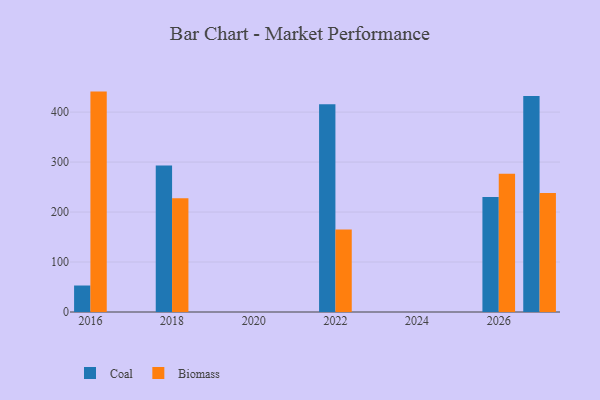
{"axis": {"x": "Year", "y": "Satisfaction Score"}, "legend": ["Biomass", "Coal"], "data": [{"x": "2018", "y": 292.9, "type": "Coal"}, {"x": "2018", "y": 227.7, "type": "Biomass"}, {"x": "2027", "y": 432.1, "type": "Coal"}, {"x": "2027", "y": 238.2, "type": "Biomass"}, {"x": "2016", "y": 53.0, "type": "Coal"}, {"x": "2016", "y": 441.0, "type": "Biomass"}, {"x": "2026", "y": 230.0, "type": "Coal"}, {"x": "2026", "y": 276.6, "type": "Biomass"}, {"x": "2022", "y": 415.7, "type": "Coal"}, {"x": "2022", "y": 164.9, "type": "Biomass"}]}